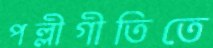
পল্লীগীতিতে